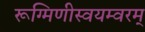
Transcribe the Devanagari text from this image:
रूग्मिणीस्वयम्वरम्